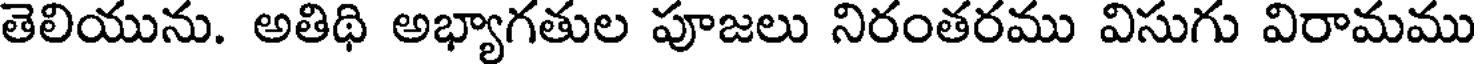
తెలియును. అతిథి అభ్యాగతుల పూజలు నిరంతరము విసుగు విరామము